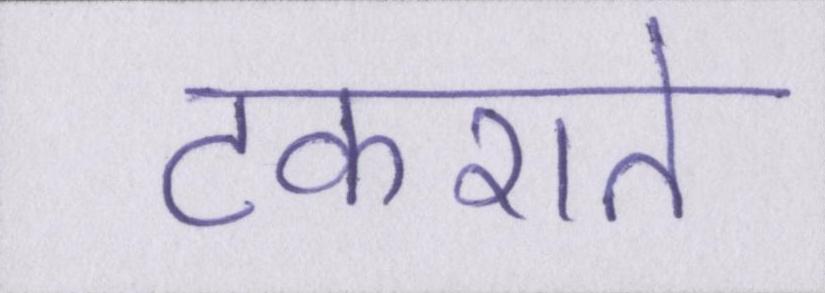
टकराते